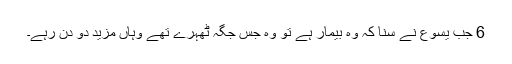
6 جب یسوع نے سنا کہ وہ بیمار ہے تو وہ جس جگہ ٹھہرے تھے وہاں مزید دو دن رہے۔